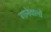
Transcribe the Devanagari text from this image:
गानेवालों